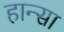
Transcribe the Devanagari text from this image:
हान्सा